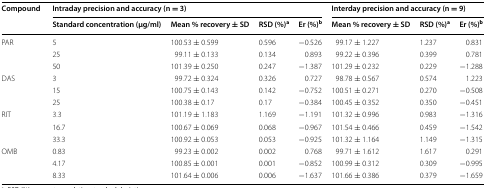
| <ROWSPAN=2> Compound | <COLSPAN=4> Intraday precision and accuracy (n = 3) | <COLSPAN=3> Interday precision and accuracy (n = 9) |
 | Standard concentration (μg/ml) | Mean % recovery ± SD | RSD (%)a | Er (%)b | Mean % recovery ± SD | RSD (%)a | Er (%)b |
 | --- | --- | --- | --- | --- | --- | --- | --- |
 | <ROWSPAN=3> PAR | 5 | 100.53 ± 0.599 | 0.596 | −0.526 | 99.17 ± 1.227 | 1.237 | 0.831 |
 | 25 | 99.11 ± 0.133 | 0.134 | 0.893 | 99.22 ± 0.396 | 0.399 | 0.781 |
 | 50 | 101.39 ± 0.250 | 0.247 | −1.387 | 101.29 ± 0.232 | 0.229 | −1.288 |
 | <ROWSPAN=3> DAS | 3 | 99.72 ± 0.324 | 0.326 | 0.727 | 98.78 ± 0.567 | 0.574 | 1.223 |
 | 15 | 100.75 ± 0.143 | 0.142 | −0.752 | 100.51 ± 0.271 | 0.270 | −0.508 |
 | 25 | 100.38 ± 0.17 | 0.17 | −0.384 | 100.45 ± 0.352 | 0.350 | −0.451 |
 | <ROWSPAN=3> RIT | 3.3 | 101.19 ± 1.183 | 1.169 | −1.191 | 101.32 ± 0.996 | 0.983 | −1.316 |
 | 16.7 | 100.67 ± 0.069 | 0.068 | −0.967 | 101.54 ± 0.466 | 0.459 | −1.542 |
 | 33.3 | 100.92 ± 0.053 | 0.053 | −0.925 | 101.32 ± 1.164 | 1.149 | −1.315 |
 | <ROWSPAN=3> OMB | 0.83 | 99.23 ± 0.002 | 0.002 | 0.768 | 99.71 ± 1.612 | 1.617 | 0.291 |
 | 4.17 | 100.85 ± 0.001 | 0.001 | −0.852 | 100.99 ± 0.312 | 0.309 | −0.995 |
 | 8.33 | 101.64 ± 0.006 | 0.006 | −1.637 | 101.66 ± 0.386 | 0.379 | −1.659 |